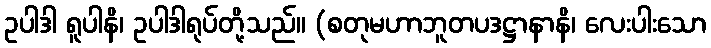
ဥပါဒါ ရူပါနိ၊ ဥပါဒါရုပ်တို့သည်။ (စတုမဟာဘူတပဒဋ္ဌာနာနိ၊ လေးပါးသော